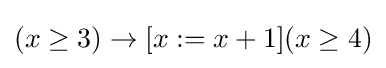
(x\geq 3)\to [x:=x+1](x\geq 4)\,\!